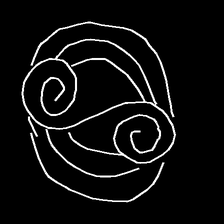
Glyph: wind-underfoot